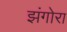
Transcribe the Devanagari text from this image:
झंगोरा